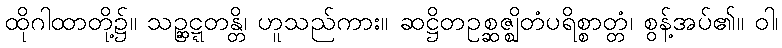
ထိုဂါထာတို့၌။ သဉ္ဆဋ္ဋတန္တိ၊ ဟူသည်ကား။ ဆဋ္ဌိတဥစ္ဆဇ္ဈိတံပရိစ္စာတ္တံ၊ စွန့်အပ်၏။ ဝါ၊